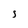
Character: S